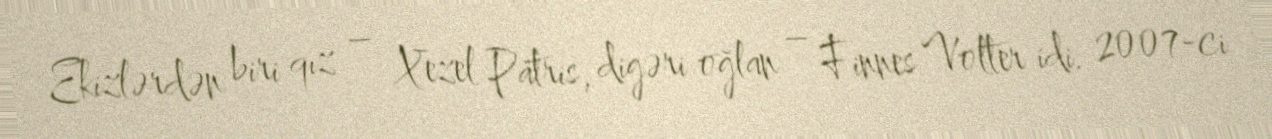
Ekizlərdən biri qız – Xezel Patris, digəri oğlan – Finnes Volter idi. 2007-ci